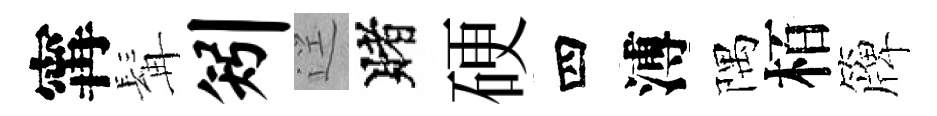
𡩋髯矧逕賭硬四溥隅栢簰